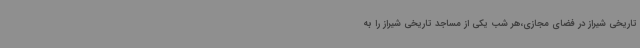
تاریخی شیراز در فضای مجازی،هر شب یکی از مساجد تاریخی شیراز را به